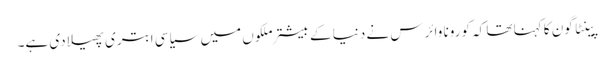
پینٹا گون کا کہنا تھا کہ کورونا وائرس نے دنیا کے بیشتر ملکوں میں سیاسی ابتری پھیلا دی ہے۔